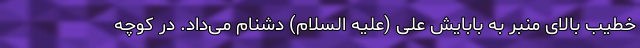
خطیب بالای منبر به بابایش علی (علیه السلام) دشنام می‌داد. در کوچه